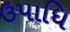
ઉપાધિ